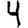
Digit: 4